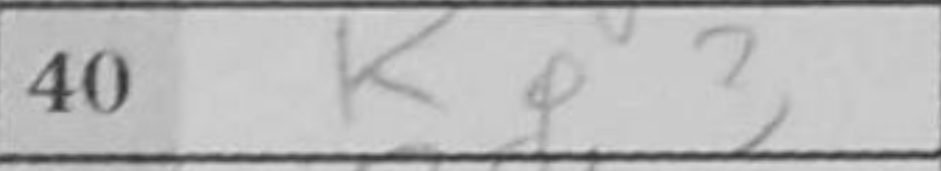
Transcription: Kg3